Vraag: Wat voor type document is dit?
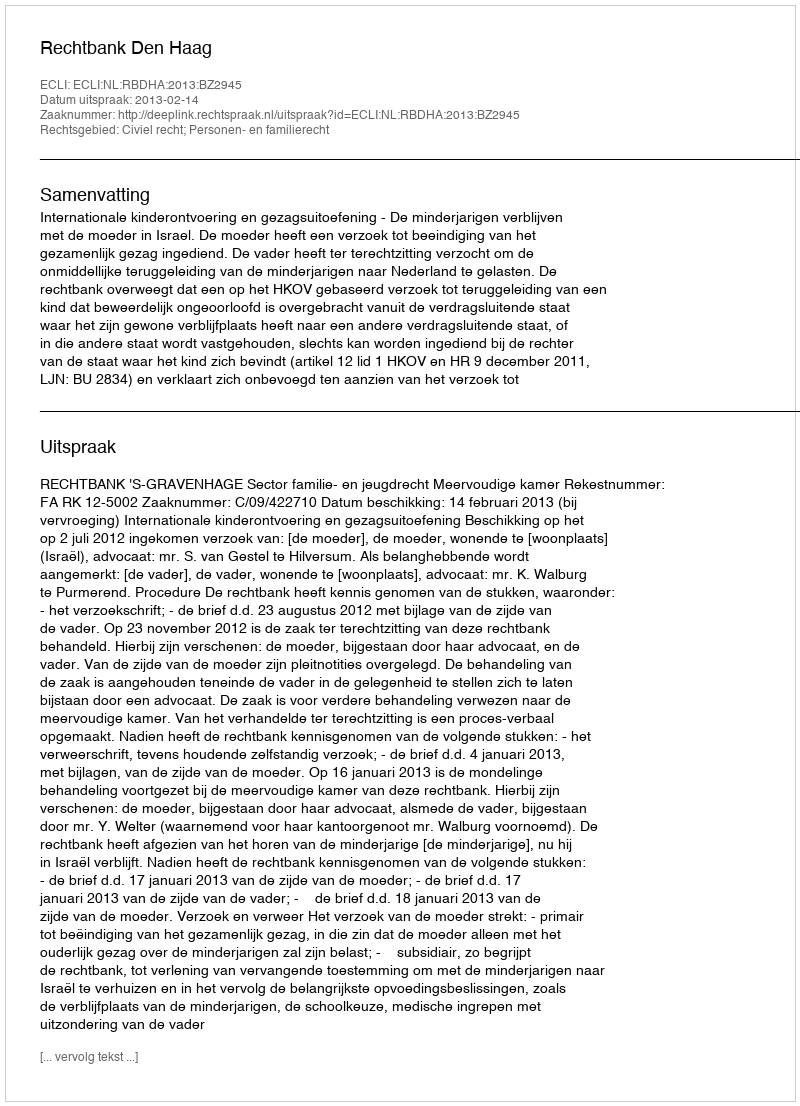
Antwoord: Uitspraak